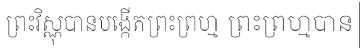
ព្រះវិស្ណុបានបង្កើតព្រះព្រហ្ម ព្រះព្រហ្មបាន